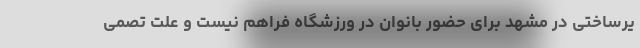
یرساختی در مشهد برای حضور بانوان در ورزشگاه فراهم نیست و علت تصمی